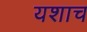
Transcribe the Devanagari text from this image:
यशाच